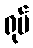
ရုပ်